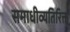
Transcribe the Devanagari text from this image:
समाधीव्यतिरिक्त